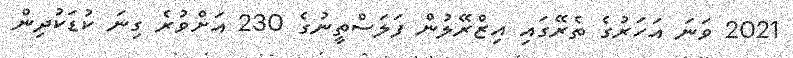
2021 ވަނަ އަހަރުގެ ތެރޭގައި އިޒްރޭލުން ފަލަސްތީނުގެ 230 އަށްވުރެ ގިނަ ކުޑަކުދިން